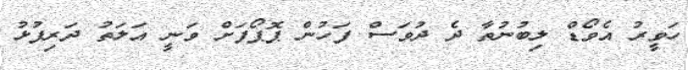
ހަވީރު އެވޯޑް ލިބުނުތާ ދެ ދުވަސް ފަހުން ޕޮޕޯފަށް ވަނީ އަލަތު ދަރިފުޅު